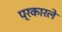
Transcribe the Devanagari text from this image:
प्रकारले